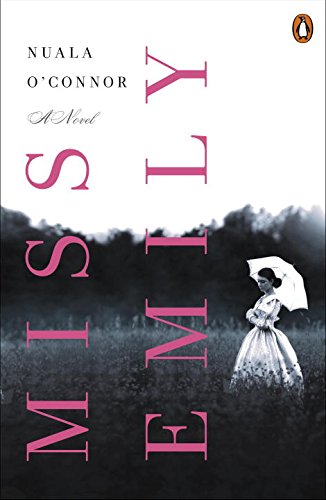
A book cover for Miss Emily: A Novel; Nuala O'Connor; Literature & Fiction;